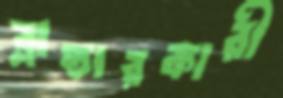
ব্লান্ডারকারী